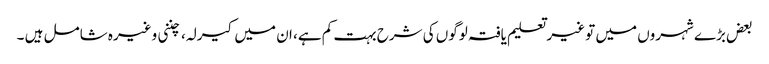
بعض بڑے شہروں میں تو غیر تعلیم یافتہ لوگوں کی شرح بہت کم ہے، ان میں کیرلہ، چننی وغیرہ شامل ہیں ۔